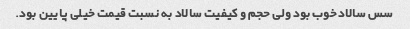
سس سالاد خوب بود ولی حجم و کیفیت سالاد به نسبت قیمت خیلی پایین بود.